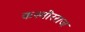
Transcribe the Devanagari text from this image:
कश्मीरराज